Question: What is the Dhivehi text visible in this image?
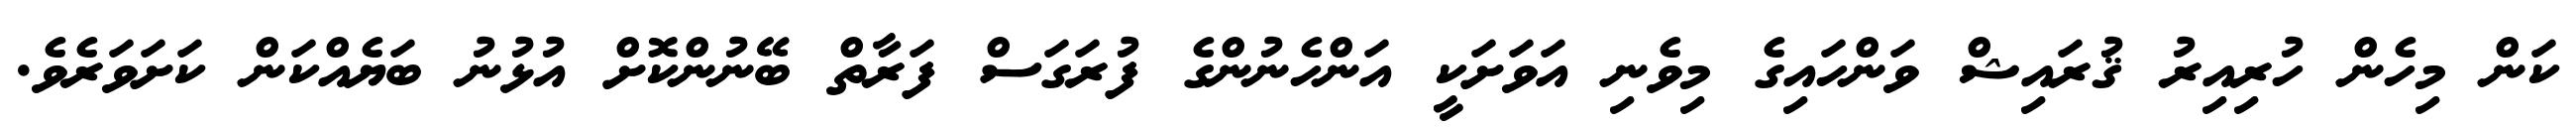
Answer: ކަން މިހެން ހުރިއިރު ޤުރައިޝް ވަންހައިގެ މިވެނި އަވަށަކީ އަންހެނުންގެ ފުރަގަސް ފަރާތް ބޭނުންކޮށް އުޅުނު ބަޔެއްކަން ކަށަވަރެވެ.